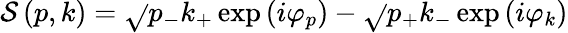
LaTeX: \mathcal{S}\left(p,k\right)=\sqrt{}{{p_{-}k_{+}}}\exp\left(i\varphi_{p}\right)-\sqrt{}{{p_{+}k_{-}}}\exp\left(i\varphi_{k}\right)